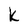
Character: k